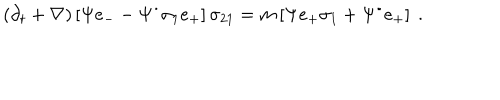
LaTeX: \left( \partial _ { t } + \nabla \right) \left[ \Psi e _ { - } - \Psi ^ { \bullet } \sigma _ { 1 } e _ { + } \right] \sigma _ { 2 1 } = m \left[ \Psi e _ { + } \sigma _ { 1 } + \Psi ^ { \bullet } e _ { + } \right] ~ .